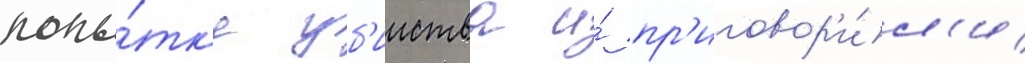
попы́тк'е уб'ииства и́ пр'иговор'и́л'и